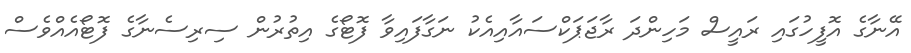
އޭނާގެ އޮފީހުގައި ރައީސް މަހިންދަ ރާޖަޕަކްސައާއިއެކު ނަގާފައިވާ ފޮޓޯގެ އިތުރުން ސިރިސެނާގެ ފޮޓޯއެއްވެސް